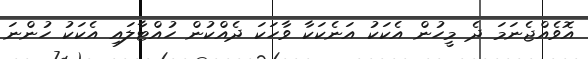
އޮވެއްޖެނަމަ ދެ މީހުން އެކަކު އަނެކަކާ ވާހަކަ ދެއްކުން ހުއްޓާލައި އެކަކު ހުންނަ